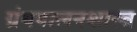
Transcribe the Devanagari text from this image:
ग्रंथपालनशास्त्र